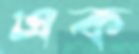
এক